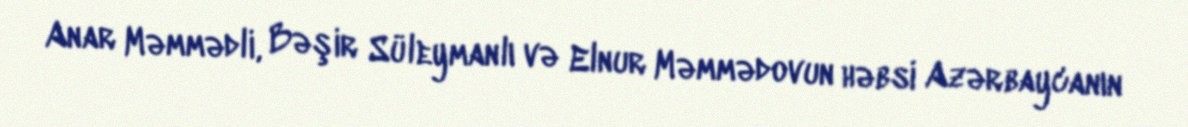
Anar Məmmədli, Bəşir Süleymanlı və Elnur Məmmədovun həbsi Azərbaycanın